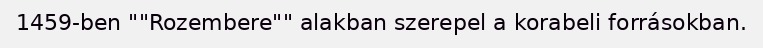
1459-ben ""Rozembere"" alakban szerepel a korabeli forrásokban.